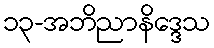
၁၃-အဘိညာနိဒ္ဒေသ